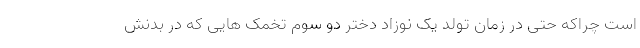
است چراکه حتی در زمان تولد یک نوزاد دختر دو سوم تخمک هایی که در بدنش